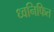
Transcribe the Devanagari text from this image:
ध्वनिफित